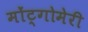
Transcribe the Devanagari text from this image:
मोंट्गोमेरी